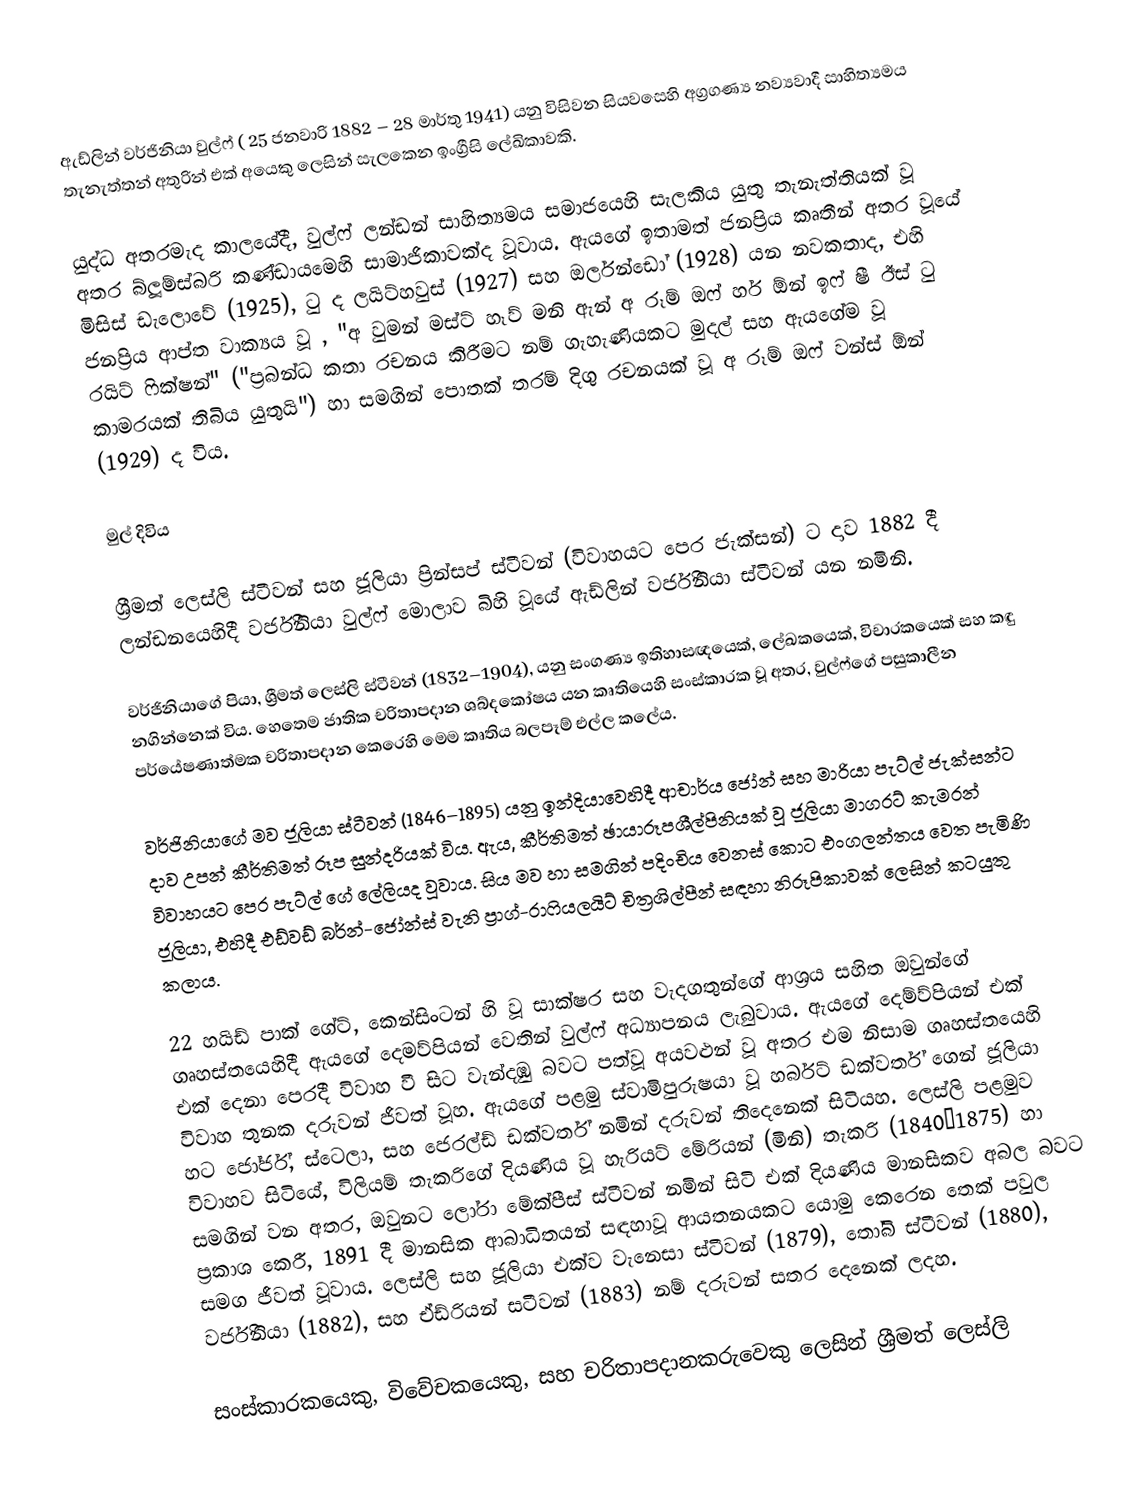
ඇඩ්ලින් වර්ජිනියා වුල්ෆ් ( 25 ජනවාරි 1882 – 28 මාර්තු 1941) යනු විසිවන සියවසෙහි අග්‍රගණ්‍ය නව්‍යවාදී සාහිත්‍යමය තැනැත්තන් අතුරින් එක් අයෙකු ලෙසින් සැලකෙන ඉංග්‍රීසි ලේඛිකාවකි.

යුද්ධ අතරමැද කාලයේදී, වුල්ෆ් ලන්ඩන් සාහිත්‍යමය සමාජයෙහි සැලකිය යුතු තැනැත්තියක් වූ අතර බ්ලූම්ස්බරි කණ්ඩායමෙහි සාමාජිකාවක්ද වූවාය. ඇයගේ ඉතාමත් ජනප්‍රිය කෘතීන් අතර වූයේ මිසිස් ඩැලොවේ (1925), ටු ද ලයිට්හවුස් (1927) සහ ඔර්ලන්ඩෝ (1928) යන නවකතාද,  එහි ජනප්‍රිය ආප්ත වාක්‍යය වූ , "අ වුමන් මස්ට් හෑව් මනි ඇන් අ රූම් ඔෆ් හර් ඕන් ඉෆ් ෂී ඊස් ටු රයිට් ෆික්ෂන්" ("ප්‍රබන්ධ කතා රචනය කිරීමට නම් ගැහැණියකට මුදල් සහ ඇයගේම වූ කාමරයක් තිබිය යුතුයි") හා සමගින් පොතක් තරම් දිගු රචනයක් වූ අ රූම් ඔෆ් වන්ස් ඕන් (1929) ද විය.

මුල් දිවිය

ශ්‍රීමත් ලෙස්ලි ස්ටීවන් සහ ජූලියා ප්‍රින්සප් ස්ටීවන් (විවාහයට පෙර ජැක්සන්) ට දාව 1882 දී ලන්ඩනයෙහිදී  වර්ජීනියා වුල්ෆ් මොලාව බිහි වූයේ ඇඩ්ලින් වර්ජිනියා ස්ටීවන් යන නමිනි.

වර්ජිනියාගේ පියා, ශ්‍රීමත් ලෙස්ලි ස්ටීවන් (1832–1904), යනු සංගණ්‍ය ඉතිහාසඥයෙක්, ලේඛකයෙක්, විචාරකයෙක් සහ කඳු නගින්නෙක් විය. හෙතෙම  ජාතික චරිතාපදාන ශබ්දකෝෂය යන කෘතියෙහි සංස්කාරක වූ අතර, වුල්ෆ්ගේ පසුකාලීන පර්යේෂණාත්මක චරිතාපදාන කෙරෙහි මෙම කෘතිය බලපෑම් එල්ල කලේය.

වර්ජිනියාගේ මව ජූලියා ස්ටීවන් (1846–1895) යනු ඉන්දියාවෙහිදී ආචාර්ය ජෝන් සහ මාරියා පැට්ල් ජැක්සන්ට දාව උපන් කීර්තිමත් රූප සුන්දරියක් විය. ඇය, කීර්තිමත් ඡායාරූපශීල්පිනියක් වූ ජූලියා මාගරට් කැමරන් විවාහයට පෙර පැට්ල් ගේ ලේලියද වූවාය. සිය මව හා සමගින් පදිංචිය වෙනස් කොට එංගලන්තය වෙත පැමිණි ජූලියා, එහිදී එඩ්වඩ් බර්න්-ජෝන්ස් වැනි ප්‍රාග්-රාෆියලයිට් චිත්‍රශිල්පීන් සඳහා නිරූපිකාවක් ලෙසින් කටයුතු කලාය.

22 හයිඩ් පාක් ගේට්, කෙන්සිංටන් හි වූ සාක්ෂර සහ වැදගතුන්ගේ ආශ්‍රය සහිත ඔවුන්ගේ ගෘහස්තයෙහිදී ඇයගේ දෙමව්පියන් වෙතින් වුල්ෆ් අධ්‍යාපනය ලැබුවාය. ඇයගේ දෙම්ව්පියන් එක් එක් දෙනා පෙරදී විවාහ වී සිට වැන්දඹු බවට පත්වූ අයවළුන් වූ අතර එම නිසාම ගෘහස්තයෙහි විවාහ තුනක දරුවන් ජීවත් වූහ. ඇයගේ පළමු ස්වාමිපුරුෂයා වූ හර්බට් ඩක්වර්ත් ගෙන් ජූලියා හට ජෝර්ජ්, ස්ටෙලා, සහ ජෙරල්ඩ් ඩක්වර්ත් නමින් දරුවන් තිදෙනෙක් සිටියහ.  ලෙස්ලි පළමුව විවාහව සිටියේ,  විලියම් තැකරිගේ දියණිය වූ හැරියට් මේරියන් (මිනි) තැකරි (1840–1875) හා සමගින් වන අතර, ඔවුනට ලෝරා මේක්පීස් ස්ටීවන් නමින් සිටි එක් දියණිය  මානසිකව අබල බවට ප්‍රකාශ කෙරී, 1891 දී මානසික ආබාධිතයන් සඳහාවූ ආයතනයකට යොමු කෙරෙන තෙක් පවුල සමග ජීවත් වූවාය. ලෙස්ලි සහ ජූලියා එක්ව වැනෙසා ස්ටීවන් (1879), තෝබි ස්ටීවන් (1880), වර්ජිනියා (1882), සහ ඒඩ්රියන් සටීවන් (1883) නම් දරුවන් සතර දෙනෙක් ලදහ.

සංස්කාරකයෙකු, විවේචකයෙකු, සහ  චරිතාපදානකරුවෙකු ලෙසින් ශ්‍රීමත් ලෙස්ලි